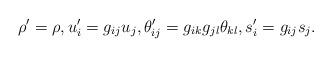
LaTeX: \begin{align*} \rho' = \rho, u_i' = g_{ij} u_j, \theta_{ij}' = g_{ik} g_{jl} \theta_{kl}, s_i' = g_{ij} s_j.\end{align*}